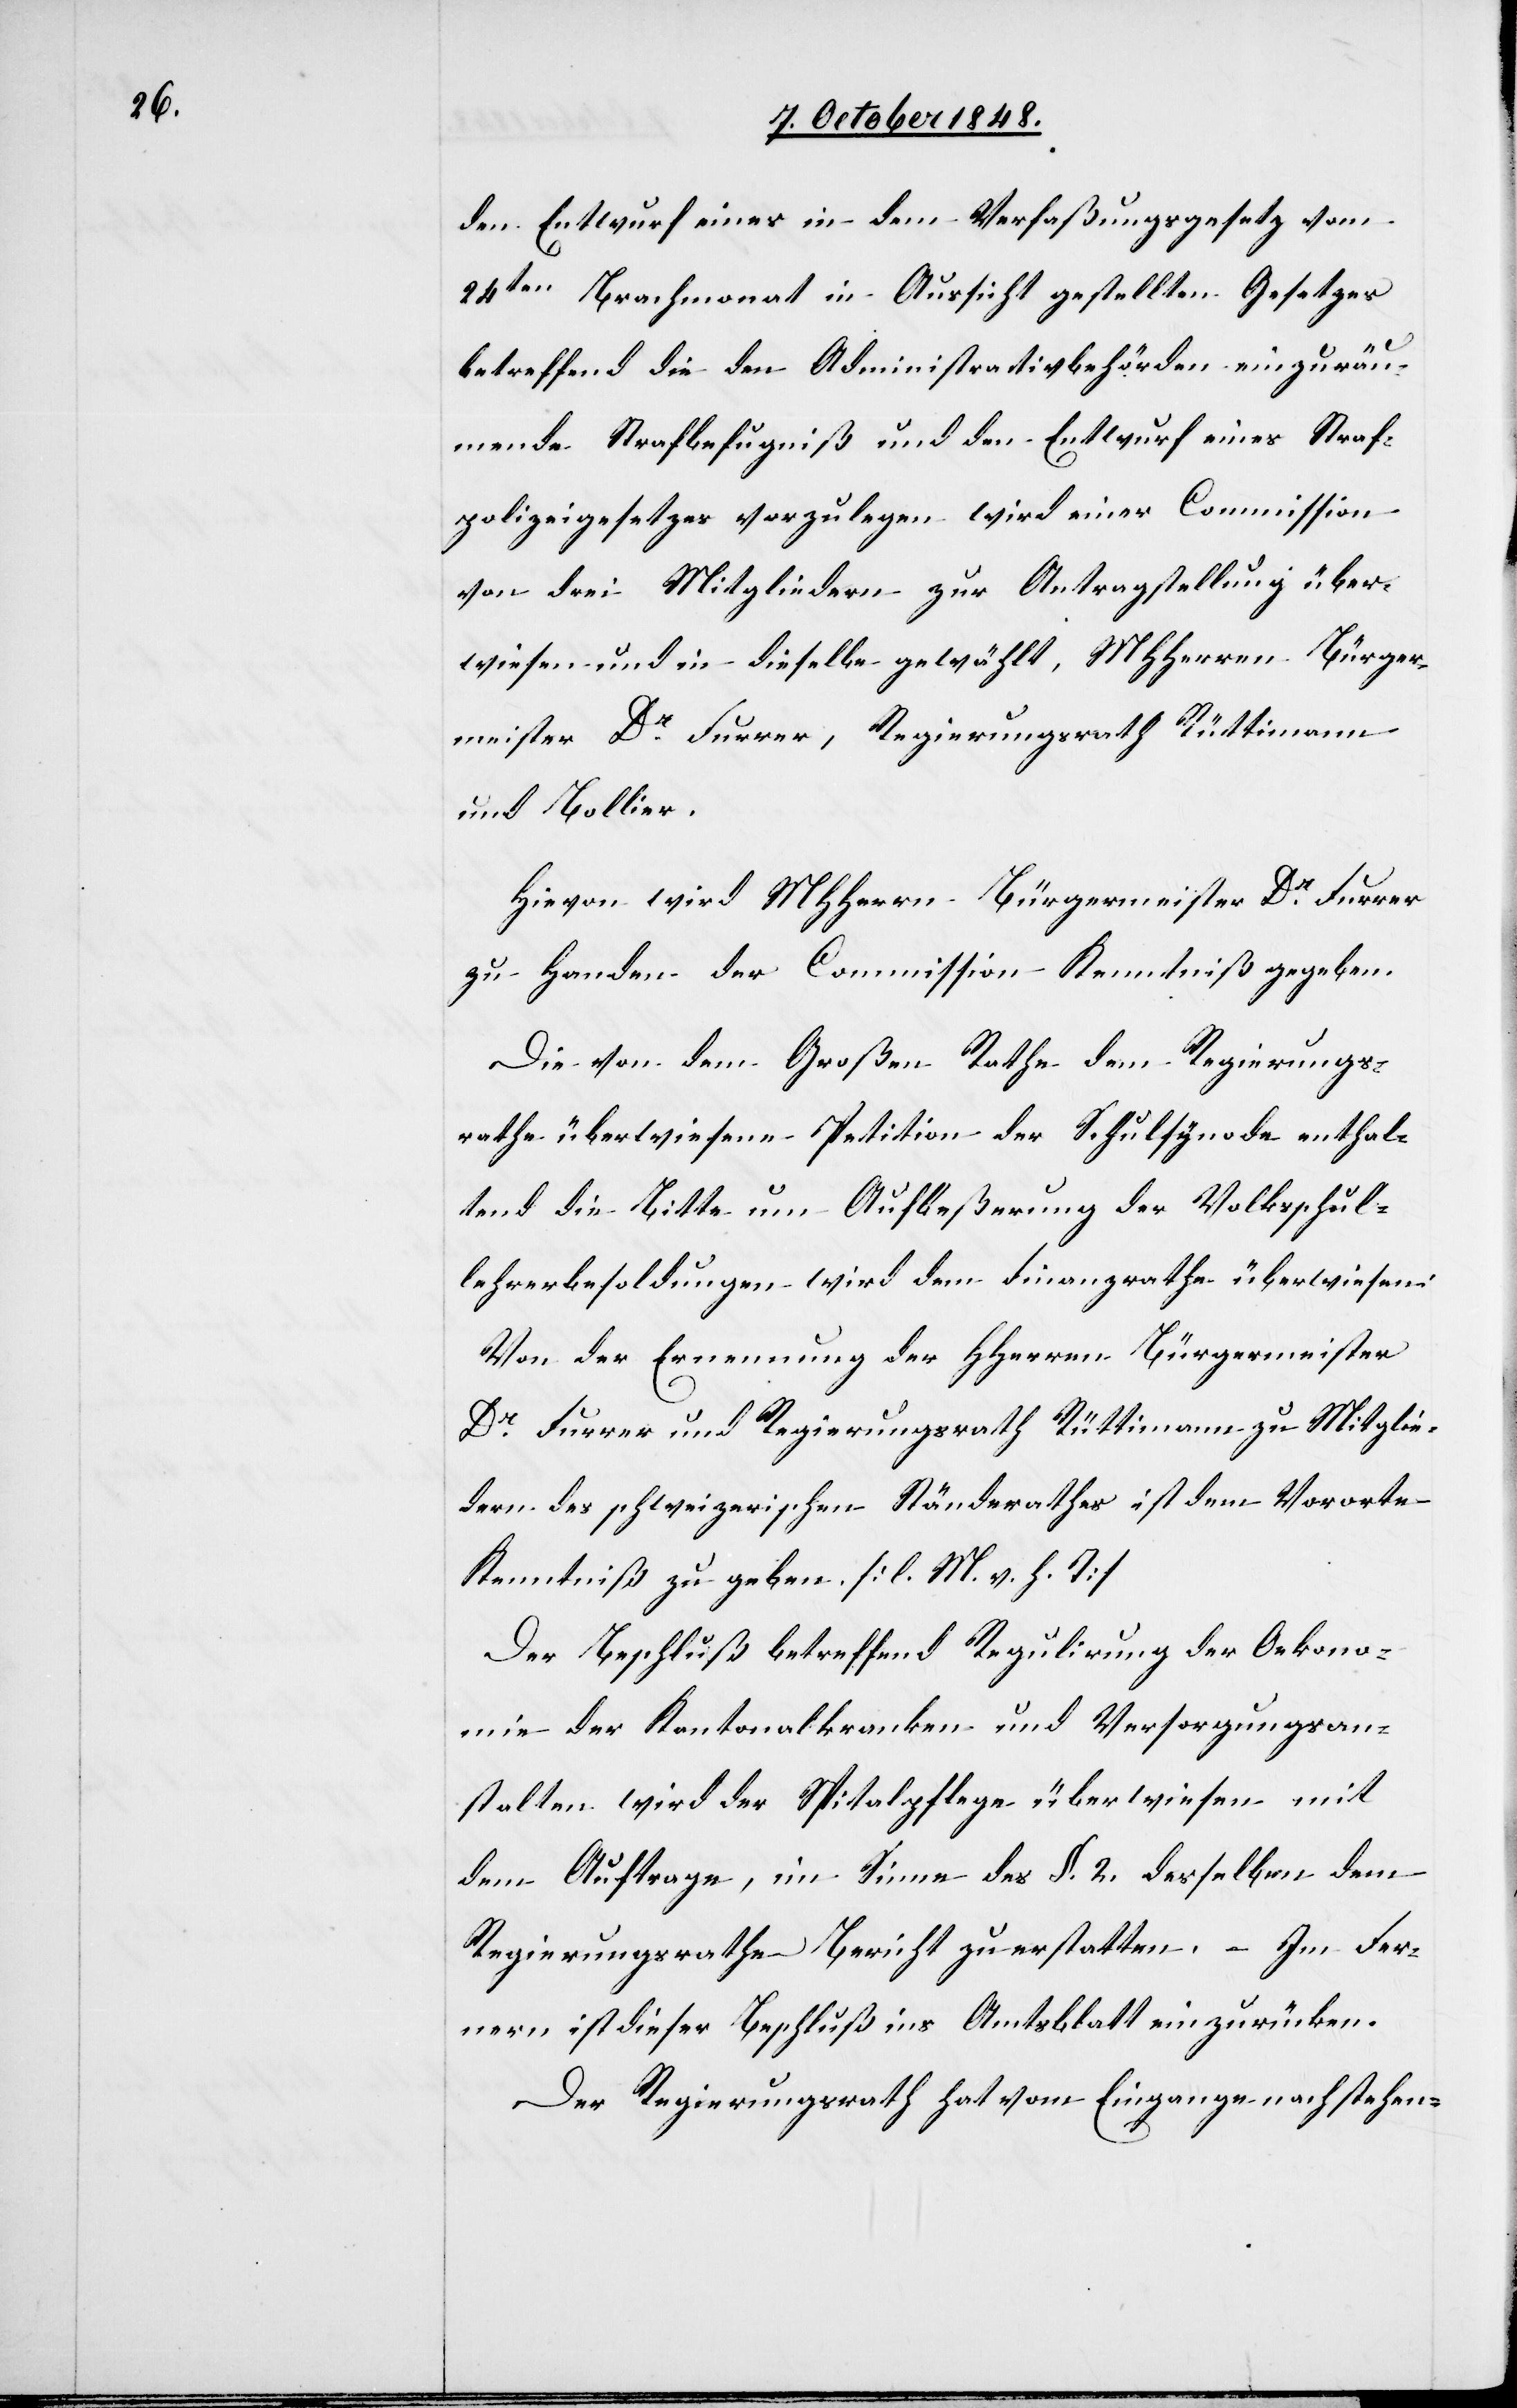
den Entwurf eines in dem Verfaßungsgesetz vom
24ten. Brachmonat in Aussicht gestellten Gesetzes
betreffend die den Administrativbehörden einzuräu¬
mende Strafbefugniß und den Entwurf eines Straf¬
polizeigesetzes vorzulegen wird einer Commission
von drei Mitgliedern zur Antragstellung über¬
wiesen und in dieselbe gewählt, MHHerren Bürger¬
meister Dr. Furrer, Regierungsrath Rüttimann
und Bollier.
Hievon wird MHHerrn Bürgermeister Dr. Furrer
zu Handen der Commission Kenntniß gegeben.
Die von dem Großen Rathe dem Regierungs¬
rathe überwiesene Petition der Schulsynode enthal¬
tend die Bitte um Aufbeßerung der Volksschul¬
lehrerbesoldungen wird dem Finanzrathe überwiesen:
Von der Ernennung der HHerren Bürgermeister
Dr. Furrer und Regierungsrath Rüttimann zu Mitglie¬
dern des schweizerischen Ständerathes ist dem Vororte
Kenntniß zu geben. [l. M. v. h. T]
Der Beschluß betreffend Regulirung der Oekono¬
mie der Kantonalkranken[-] und Versorgungsan¬
stalten wird der Spitalpflege überwiesen mit
dem Auftrage, im Sinne des §. 2. desselben dem
Regierungsrathe Bericht zu erstatten. – Im Fer¬
nern ist dieser Beschluß ins Amtsblatt einzurücken.
Der Regierungsrath hat vom Eingange nachstehen-